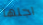
اجلها